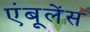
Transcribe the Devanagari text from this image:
एंबूलेंस